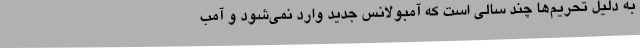
به دلیل تحریم‌ها چند سالی است که آمبولانس جدید وارد نمی‌شود و آمب